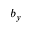
b _ { y }